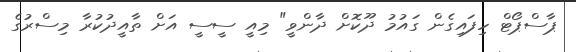
ޕާސްޕޯޓް ހިފައިގެން ގައުމު ދޫކޮށް ދާންވީ" މިއީ ސީސީ އަށް ތާއީދުކުރާ މިސްރުގެ